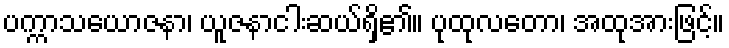
ပက္ကာသယောဇနာ၊ ယူဇနာငါးဆယ်ရှိ၏။ ပုထုလတော၊ အထုအားဖြင့်။